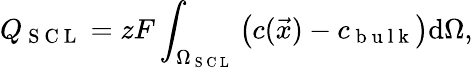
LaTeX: Q_{\mathrm{~S~C~L~}}=zF\int_{\Omega_{\mathrm{~S~C~L~}}}\left(c(\vec{x})-c_{\mathrm{~b~u~l~k~}}\right)\mathrm{d}\Omega,